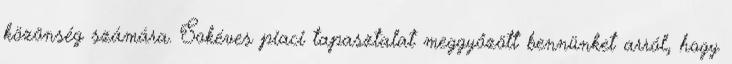
közönség számára. Sokéves piaci tapasztalat meggyőzött bennünket arról, hogy